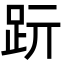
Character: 䟚